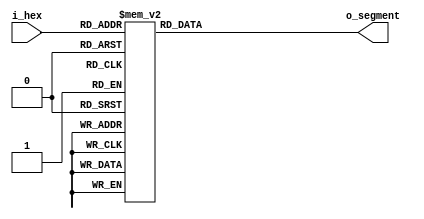
module hex_display(
    input  [3:0] i_hex,
    output reg [6:0] o_segment
    );
	//o_segment[6] is A
	//o_segment[0] is G
	always @(i_hex)
		begin
			case (i_hex)
				  4'b0000 : o_segment <= 7'h7E; //0
				  4'b0001 : o_segment <= 7'h30; //1
				  4'b0010 : o_segment <= 7'h6D; //2
				  4'b0011 : o_segment <= 7'h79; //3
				  4'b0100 : o_segment <= 7'h33; //4      
				  4'b0101 : o_segment <= 7'h5B; //5
				  4'b0110 : o_segment <= 7'h5F; //6
				  4'b0111 : o_segment <= 7'h70; //7
				  4'b1000 : o_segment <= 7'h7F; //8
				  4'b1001 : o_segment <= 7'h7B; //9
				  4'b1010 : o_segment <= 7'h77; //A
				  4'b1011 : o_segment <= 7'h1F; //B
				  4'b1100 : o_segment <= 7'h4E; //C
				  4'b1101 : o_segment <= 7'h3D; //D
				  4'b1110 : o_segment <= 7'h4F; //E
				  4'b1111 : o_segment <= 7'h47; //F
			endcase
		end

endmodule